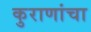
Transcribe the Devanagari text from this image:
कुराणांचा